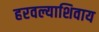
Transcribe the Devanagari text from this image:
हरवल्याशिवाय